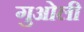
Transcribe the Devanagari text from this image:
गुओली